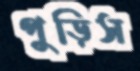
পুড়িস